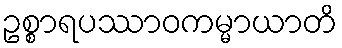
ဥစ္စာရပဿာဝကမ္မာယာတိ